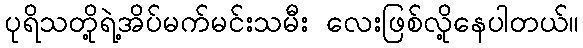
ပုရိသတို့ရဲ့အိပ်မက်မင်းသမီး လေးဖြစ်လို့နေပါတယ်။